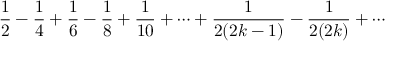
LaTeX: { \frac { 1 } { 2 } } - { \frac { 1 } { 4 } } + { \frac { 1 } { 6 } } - { \frac { 1 } { 8 } } + { \frac { 1 } { 1 0 } } + \cdots + { \frac { 1 } { 2 ( 2 k - 1 ) } } - { \frac { 1 } { 2 ( 2 k ) } } + \cdots